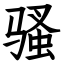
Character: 骚